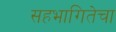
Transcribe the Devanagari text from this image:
सहभागितेचा